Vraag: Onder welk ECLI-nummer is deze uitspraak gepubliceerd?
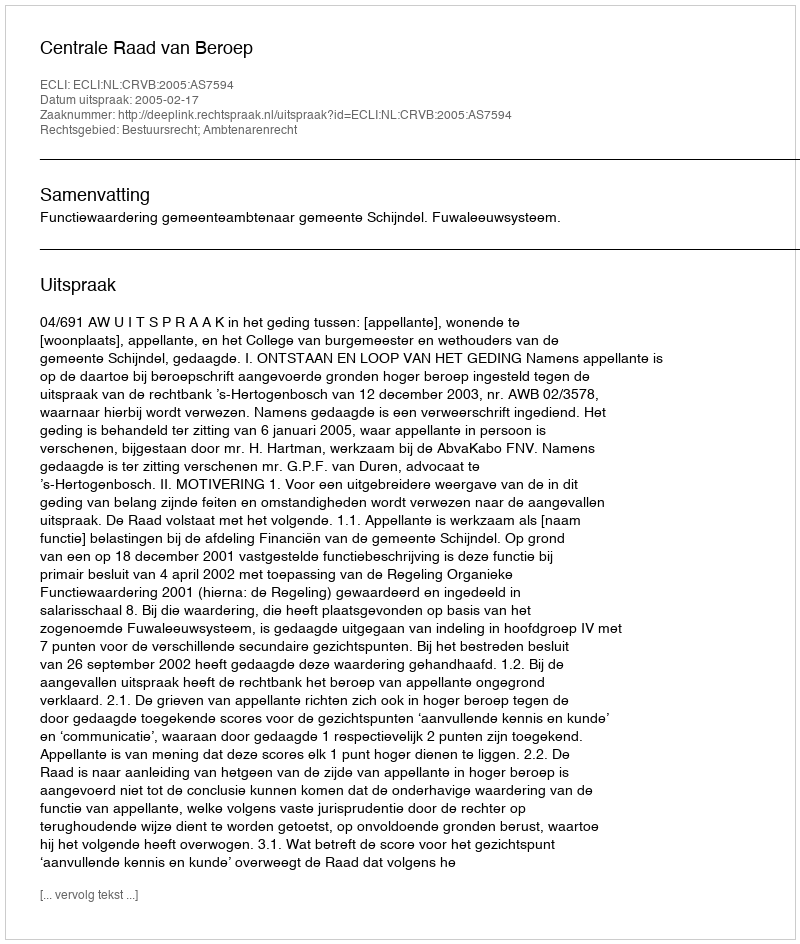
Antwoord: ECLI:NL:CRVB:2005:AS7594